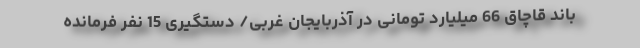
باند قاچاق 66 میلیارد تومانی در آذربایجان غربی/ دستگیری 15 نفر فرمانده